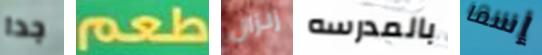
جدا طعم زلزال بالمدرسه إسما